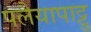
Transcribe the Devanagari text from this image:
पलैयापाट्टु